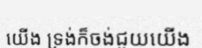
យើង ទ្រង់ក៏ចង់ជួយយើង